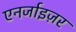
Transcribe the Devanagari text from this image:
एनर्जाइज़र